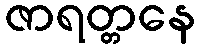
ဇာရတ္တနေ